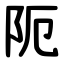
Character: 阨